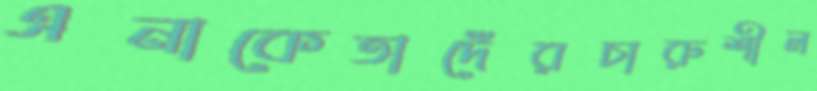
এনাকেতাদেঁরচারুশীল